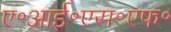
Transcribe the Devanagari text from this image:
ए॰आई॰एस॰एफ॰